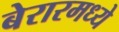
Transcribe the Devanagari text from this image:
बेरारमध्ये